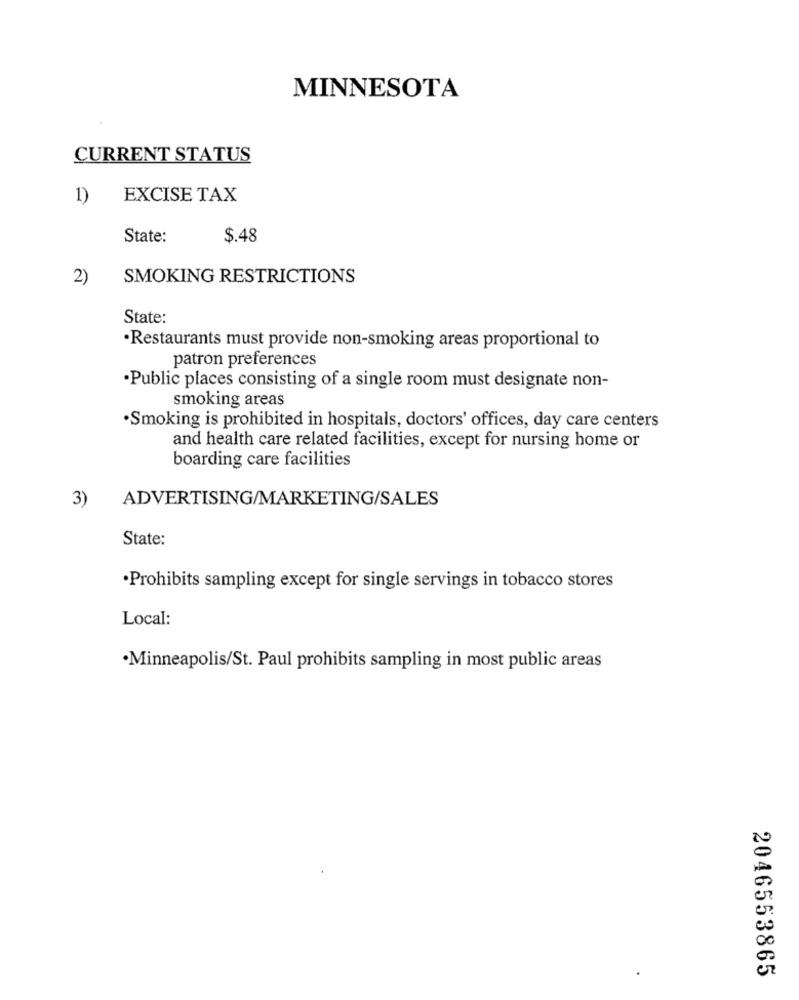
MINNESOTA
CURRENT STATUS
1) EXCISE TAX
State:
$.48
2)
SMOKING RESTRICTIONS
State:
·Restaurants must provide non-smoking areas proportional to
patron preferences
·Public places consisting of a single room must designate non-
smoking areas
·Smoking is prohibited in hospitals, doctors' offices, day care centers
and health care related facilities, except for nursing home or
boarding care facilities
ADVERTISING/MARKETING/SALES
3)
State:
·Prohibits sampling except for single servings in tobacco stores
Local:
·Minneapolis/St. Paul prohibits sampling in most public areas
2046553865